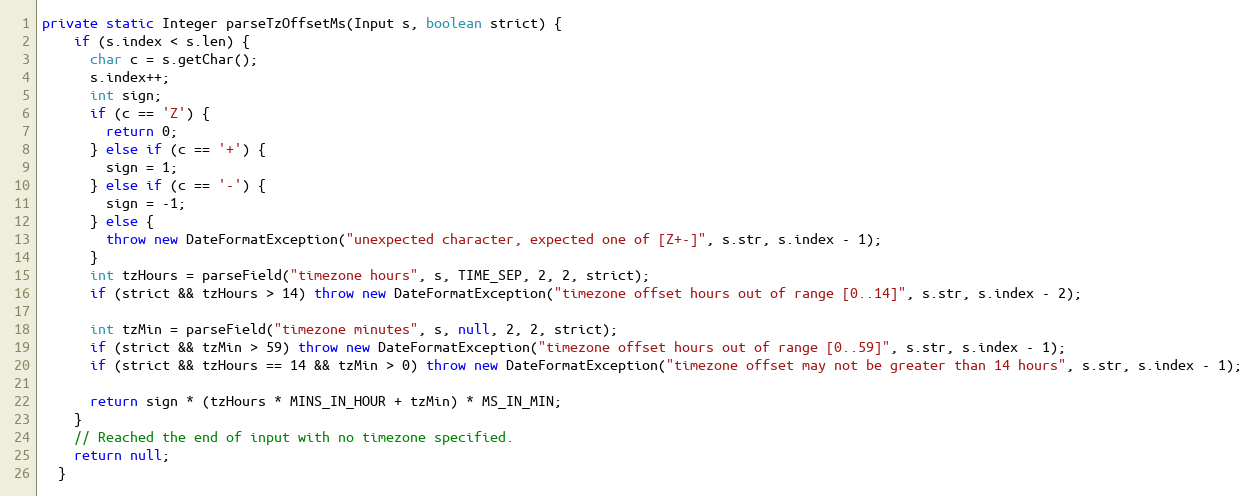
Language: Java
private static Integer parseTzOffsetMs(Input s, boolean strict) {
    if (s.index < s.len) {
      char c = s.getChar();
      s.index++;
      int sign;
      if (c == 'Z') {
        return 0;
      } else if (c == '+') {
        sign = 1;
      } else if (c == '-') {
        sign = -1;
      } else {
        throw new DateFormatException("unexpected character, expected one of [Z+-]", s.str, s.index - 1);
      }
      int tzHours = parseField("timezone hours", s, TIME_SEP, 2, 2, strict);
      if (strict && tzHours > 14) throw new DateFormatException("timezone offset hours out of range [0..14]", s.str, s.index - 2);

      int tzMin = parseField("timezone minutes", s, null, 2, 2, strict);
      if (strict && tzMin > 59) throw new DateFormatException("timezone offset hours out of range [0..59]", s.str, s.index - 1);
      if (strict && tzHours == 14 && tzMin > 0) throw new DateFormatException("timezone offset may not be greater than 14 hours", s.str, s.index - 1);

      return sign * (tzHours * MINS_IN_HOUR + tzMin) * MS_IN_MIN;
    }
    // Reached the end of input with no timezone specified.
    return null;
  }